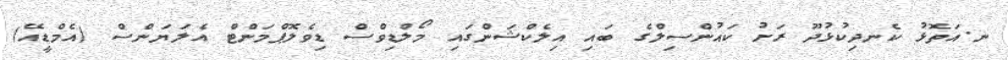
ނ.އަތޮޅު ކެނދިކުޅުދޫ ރަށު ކައުންސިލްގެ ބައި އިލެކްޝަންގައި މޯލްޑިވްސް ޑިވެލޮޕްމަންޓް އެލަޔަންސް (އެމްޑީއޭ)